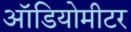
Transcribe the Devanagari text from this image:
ऑडियोमीटर